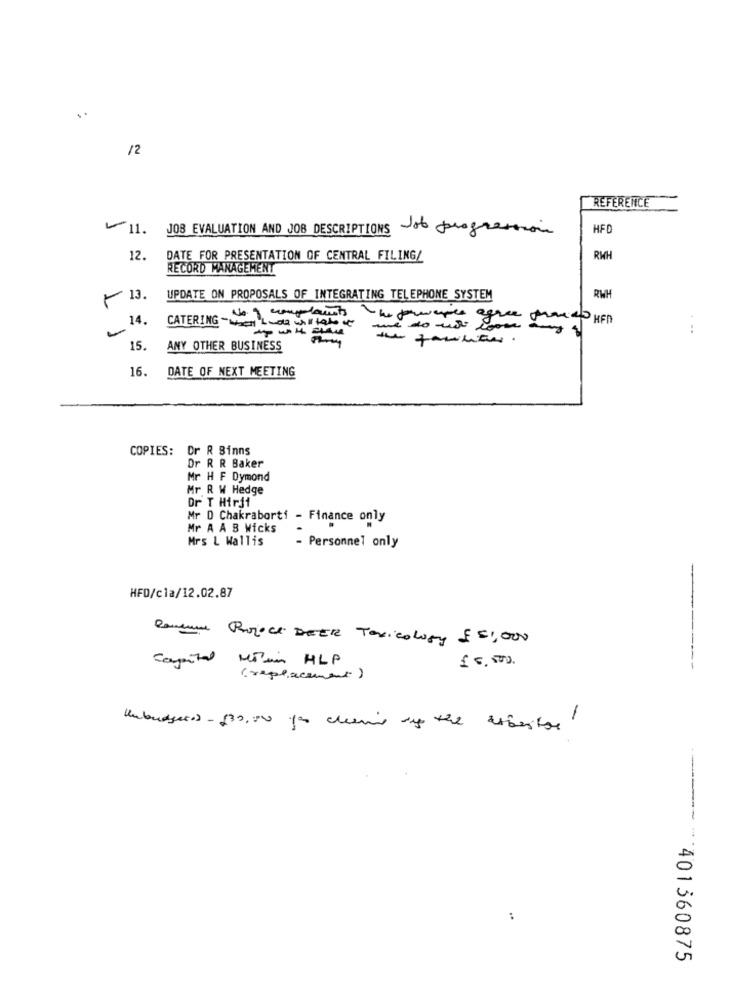
. .
/2
REFERENCE
11. JOB EVALUATION AND JOB DESCRIPTIONS of progression
HFD
12.
DATE FOR PRESENTATION OF CENTRAL FILING/
RWH
RECORD MANAGEMENT
13.
UPDATE ON PROPOSALS OF INTEGRATING TELEPHONE SYSTEM
RWI
14.
No. 1 complaints
the grapes agree mando HFD
CATERING -Wach Luda will take of
---
the facilitar.
15.
ANY OTHER BUSINESS
16.
DATE OF NEXT MEETING
COPIES:
Or R Binns
Dr R R Baker
Mr H F Dymond
Mr R W Hedge
Dr T Hirji
Mr D Chakraborti - Finance only
Mr A A B Wicks
Mrs L Wallis
- Personnel only
HFD/cla/12.02.87
Rancune Roject DEtre Toxicology £51,000
cayentel Man HLP
( replacement)
Unbudgetos- 130,00 you cleaving any the antibastos
-------
:
401360875